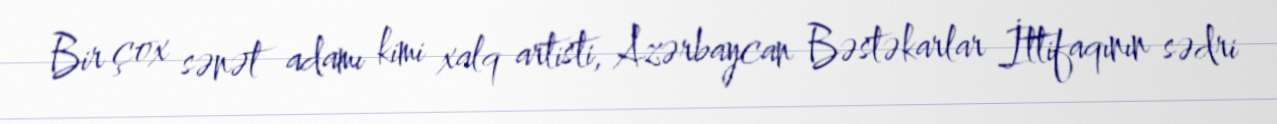
Bir çox sənət adamı kimi xalq artisti, Azərbaycan Bəstəkarlar İttifaqının sədri